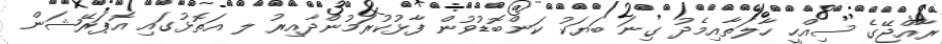
ރާއްޖޭގެ ސިއްހީ ހާލަތާއިމެދު ގިނަ ބަޔަކު ކަންބޮޑުވުން ފާޅުކުރަމުންދާއިރު ލ އަތޮޅުގައި އޮޕަރޭޝަން